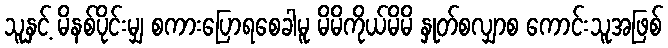
သူနှင့် မိနစ်ပိုင်းမျှ စကားပြောရစေခါမူ မိမိကိုယ်မိမိ နှုတ်စလျှာစ ကောင်းသူအဖြစ်